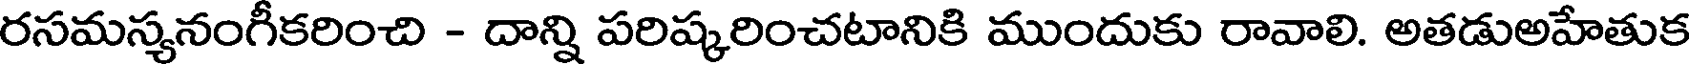
రసమస్యనంగీకరించి - దాన్ని పరిష్కరించటానికి ముందుకు రావాలి. అతడుఅహేతుక